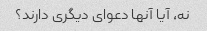
نه، آیا آنها دعوای دیگری دارند؟